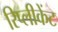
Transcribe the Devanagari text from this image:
रिप्लीकेंट